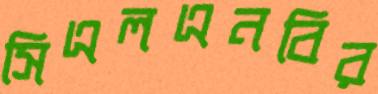
সিএলএনবির